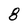
Character: 8